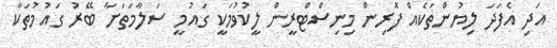
އަދި އެފަދަ ލިޔުންތަކެއް ފޮރިން މިނިސްޓްރީން ލީކުވުމަކީ ގައުމީ ސަލާމަތަށާ ބޭރު ގައުމުތަކާ